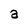
Character: a